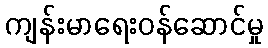
ကျန်းမာရေးဝန်ဆောင်မှု